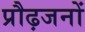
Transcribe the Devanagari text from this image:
प्रौढ़जनों